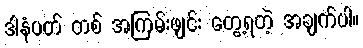
ဒါနံပတ် တစ် အကြမ်းဖျင်း တွေ့ရတဲ့ အချက်ပါ။